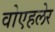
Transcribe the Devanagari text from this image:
वोएहलेर